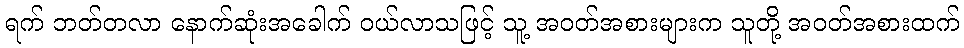
ရက် ဘတ်တလာ နောက်ဆုံးအခေါက် ဝယ်လာသဖြင့် သူ့ အဝတ်အစားများက သူတို့ အဝတ်အစားထက်